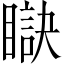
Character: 𥊜